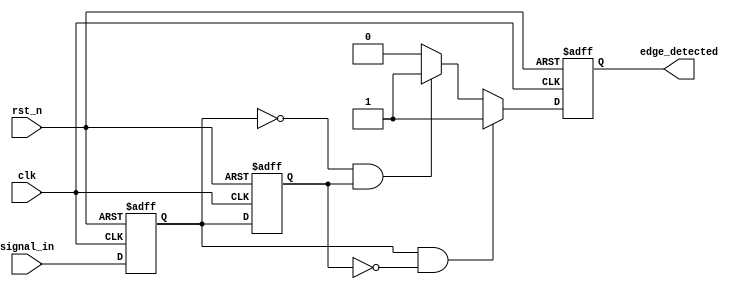
module glitch_free_edge_detector (
    input wire clk,            // Clock input
    input wire rst_n,         // Active low reset
    input wire signal_in,     // Input signal to detect edges
    output reg edge_detected   // Output signal indicating edge detection
);

    // Memory blocks to store previous states
    reg signal_prev1; // Stores the current state
    reg signal_prev2; // Stores the previous state

    // Parameters for glitch filtering
    parameter STABLE_CYCLES = 2; // Number of cycles to confirm stability
    reg [1:0] stable_counter; // Counter to track stable cycles

    // Sequential logic to update memory blocks on clock edge
    always @(posedge clk or negedge rst_n) begin
        if (!rst_n) begin
            signal_prev1 <= 1'b0; // Initialize to 0
            signal_prev2 <= 1'b0; // Initialize to 0
            edge_detected <= 1'b0; // Initialize output to 0
            stable_counter <= 2'b00; // Initialize stable counter
        end else begin
            // Update the previous states
            signal_prev2 <= signal_prev1; // Move current to previous
            signal_prev1 <= signal_in;     // Store current input

            // Edge detection logic
            if (signal_prev1 && !signal_prev2) begin
                edge_detected <= 1'b1; // Rising edge detected
            end else if (!signal_prev1 && signal_prev2) begin
                edge_detected <= 1'b1; // Falling edge detected
            end else begin
                edge_detected <= 1'b0; // No edge detected
            end

            // Glitch filtering logic
            if (signal_in == signal_prev1) begin
                if (stable_counter < STABLE_CYCLES - 1) begin
                    stable_counter <= stable_counter + 1; // Increment stable counter
                end else begin
                    stable_counter <= stable_counter; // Remain stable
                end
            end else begin
                stable_counter <= 2'b00; // Reset counter on change
            end
        end
    end
endmodule